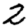
Digit: 2